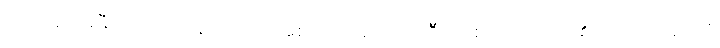
မကြာသေးမီကထုတ်ပြန်ခဲ့သည် အစားထိုးကောင်း ဦးရေစာရင်း သင်၏ဘုရားသခင်ကို